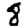
Digit: 8